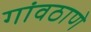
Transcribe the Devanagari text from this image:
गांवठाणे